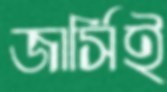
জার্সিই